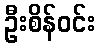
ဦးစိန်ဝင်း